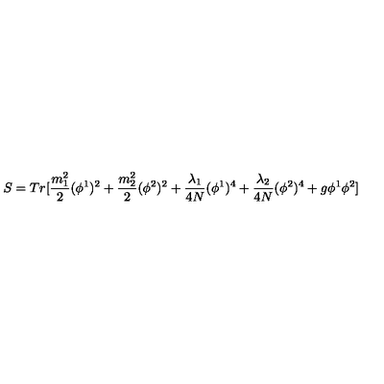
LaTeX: S = T r [ \frac { m _ { 1 } ^ { 2 } } { 2 } ( \phi ^ { 1 } ) ^ { 2 } + \frac { m _ { 2 } ^ { 2 } } { 2 } ( \phi ^ { 2 } ) ^ { 2 } + \frac { \lambda _ { 1 } } { 4 N } ( \phi ^ { 1 } ) ^ { 4 } + \frac { \lambda _ { 2 } } { 4 N } ( \phi ^ { 2 } ) ^ { 4 } + g \phi ^ { 1 } \phi ^ { 2 } ]